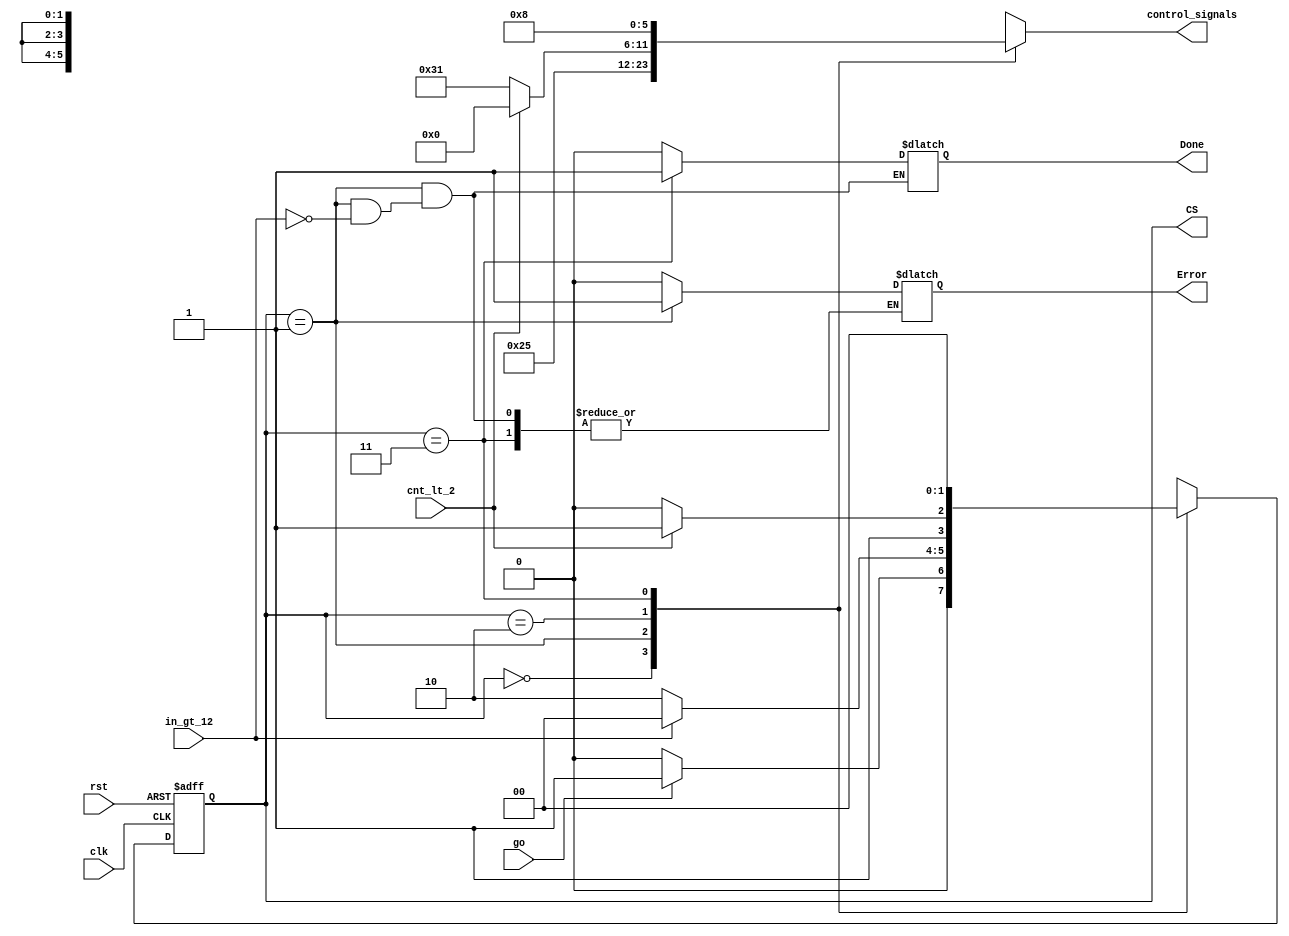
`timescale 1ns / 1ps
//////////////////////////////////////////////////////////////////////////////////
// Company: 
// Engineer: 
// 
// Design Name: 
// Module Name: 8_state_machine
// Project Name: 
// Target Devices: 
// Tool Versions: 
// Description: 
// 
// Dependencies: 
// 
// Revision:
// Revision 0.01 - File Created
// Additional Comments:
// 
//////////////////////////////////////////////////////////////////////////////////


module fact_controlunit(
    input  wire clk,                 /* 5 KHz clock */
    input  wire rst,
    input  wire go,
    output reg Done,
    output reg Error,
    output reg [1:0] CS,
    
    // status signals (OUTPUT)
    input wire cnt_lt_2,
    input wire in_gt_12,
    
    // control signals (INPUT)
    output reg [5:0] control_signals
    );

parameter
    S0 = 3'b00,   // IDLE    
    S1 = 3'b01,   // LOAD
    S2 = 3'b10,   // MULTIPLICATION
    S3 = 3'b11,   // DONE
    
    // output code  en_D, mux_s0, mux_s1, cnt_ld, cnt_ud, cnt_ce
    OUT0 =   6'b000000,
    OUT1 =   6'b100101,
    OUT2_T = 6'b000000,
    OUT2_F = 6'b110001,
    OUT3 =   6'b001000;

     
reg [1:0] NS;

initial
begin
    CS = S0;
    Error = 0;    
    control_signals = OUT0;
end

// NEXT-STATE LOGIC (Combinational)
always @(CS, go, cnt_lt_2, in_gt_12)
begin
    case(CS)
        S0: begin
                control_signals = OUT0;
                Done = 0;
                Error = 0;
                if (!go) NS = S0;
                else     NS = S1;
            end
            
        S1: begin
                control_signals = OUT1;
                if (in_gt_12)
                    begin
                    Error = 1;
                    Done = 0;
                    NS = S0;
                    end
                else
                    begin
                    NS = S2;     
                    end           
             end           
                     
        S2: begin
                if (cnt_lt_2)
                    begin
                    Done = 0;
                    Error = 0;
                    control_signals = OUT2_T;
                    NS = S3;
                    end
                else
                    begin
                    Done = 0;
                    Error = 0;
                    control_signals = OUT2_F;
                    NS = S2;     
                    end 
            end
            
        S3: begin
                control_signals = OUT3;
                Done = 1;
                NS = S0;                      
            end  

                     
   endcase
end


// STATE REGISTER (Sequential) 
always @(posedge clk, posedge rst)
begin 
    if(rst) CS <= S0;
    else    CS <= NS;
end

endmodule